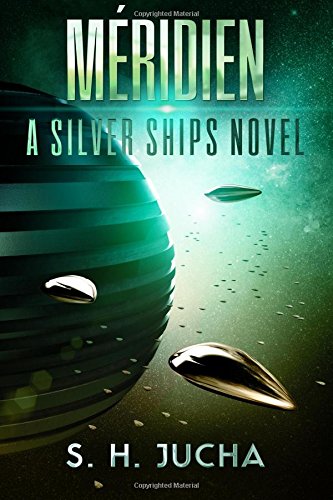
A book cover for MÃ©ridien (The Silver Ships) (Volume 3); S. H. Jucha; Science Fiction & Fantasy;